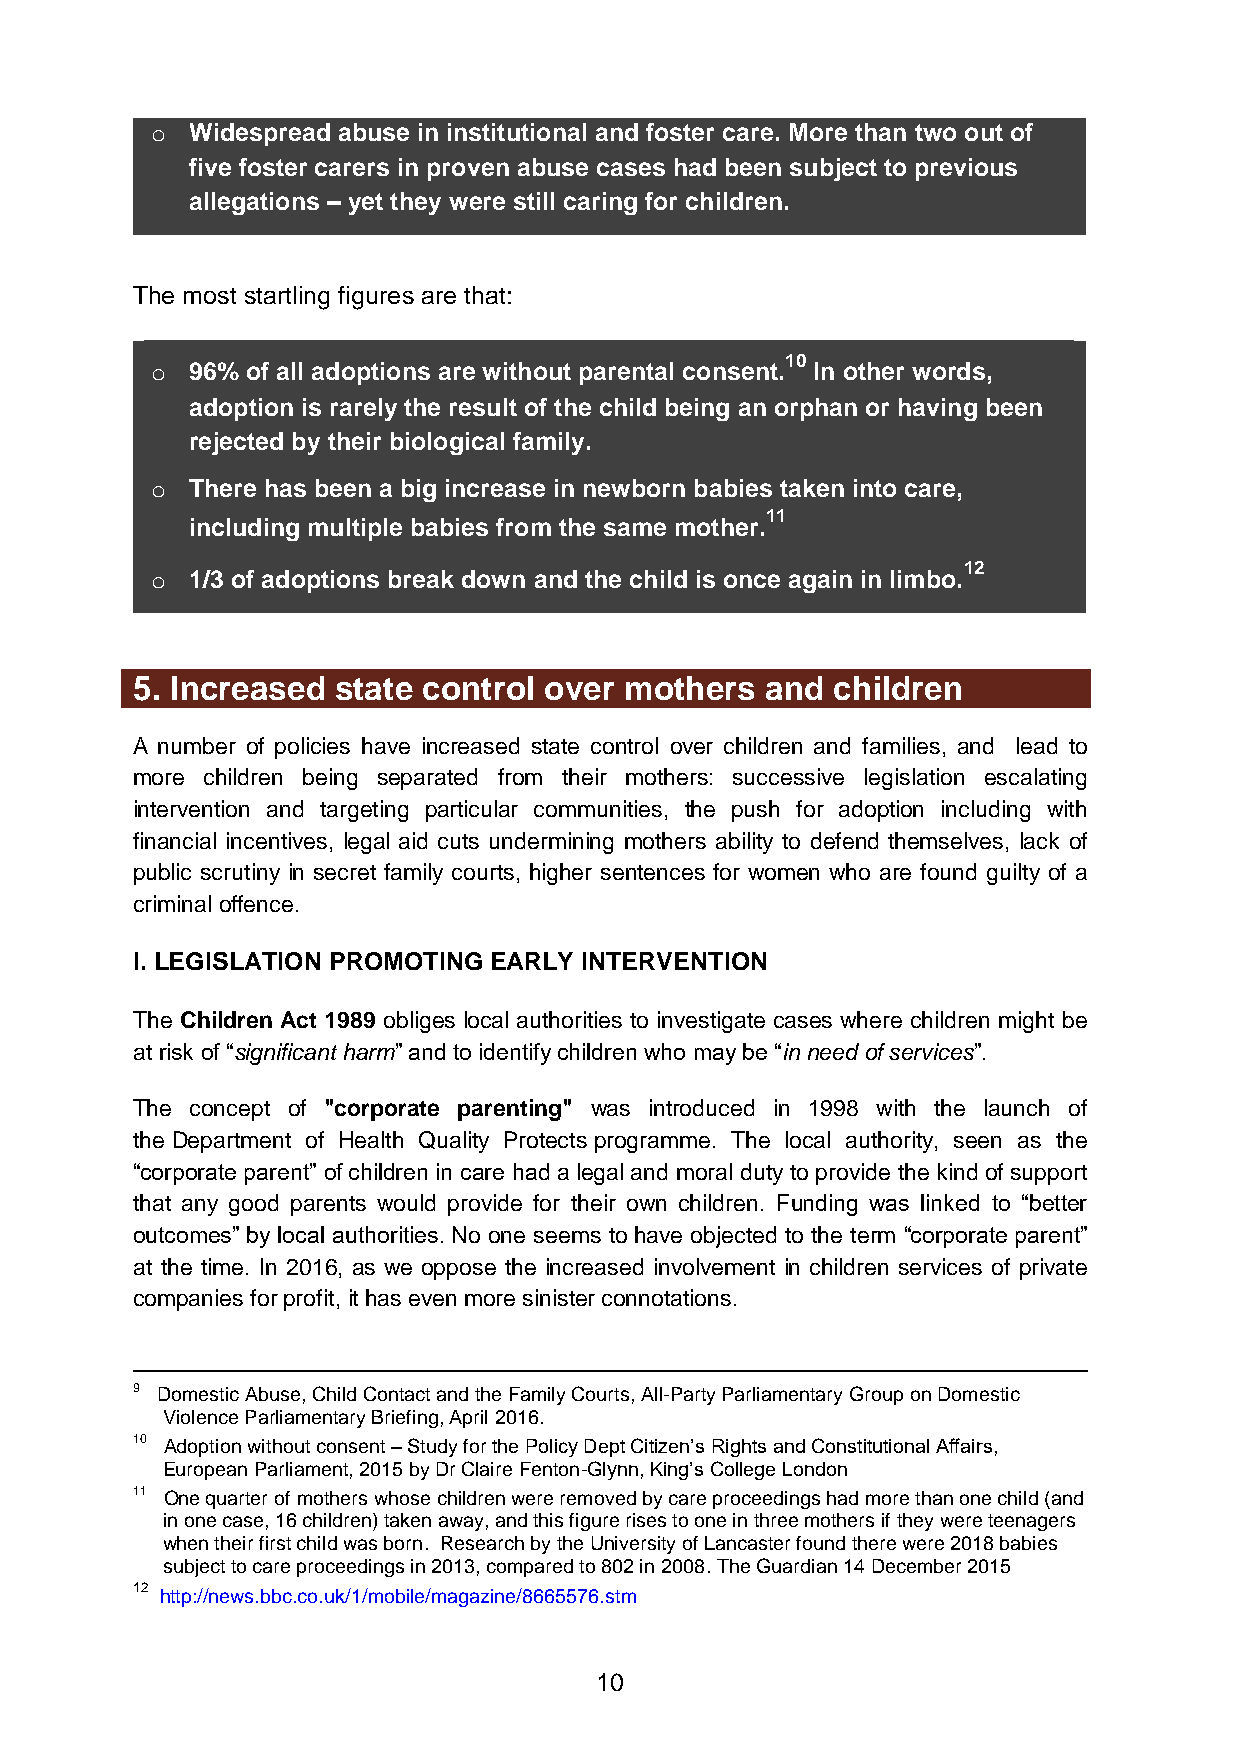
o Widespread abuse in institutional and foster care. More than two out of
 five foster carers in proven abuse cases had been subject to previous
 allegations – yet they were still caring for children.
 The most startling figures are that:
 10
 o 96% of all adoptions are without parental consent. In other words,
 adoption is rarely the result of the child being an orphan or having been
 rejected by their biological family.
 o There has been a big increase in newborn babies taken into care,
 11
 including multiple babies from the same mother.
 12
 o 1/3 of adoptions break down and the child is once again in limbo.
 5. Increased state control over mothers   and children
 A number of policies have increased state control over children and families, and lead to
 more children being separated from their mothers: successive legislation escalating
 intervention and targeting particular communities, the push for adoption including with
 financial incentives, legal aid cuts undermining mothers ability to defend themselves, lack of
 public scrutiny in secret family courts, higher sentences for women who are found guilty of a
 criminal offence.
 I. LEGISLATION PROMOTING EARLY INTERVENTION
 The Children Act 1989 obliges local authorities to investigate cases where children might be
 at risk of “significant harm” and to identify children who may be “in need of services”.
 The concept of "corporate parenting" was introduced in 1998 with the launch of
 the Department of Health Quality Protects programme. The local authority, seen as the
 “corporate parent” of children in care had a legal and moral duty to provide the kind of support
 that any good parents would provide for their own children. Funding was linked to “better
 outcomes” by local authorities. No one seems to have objected to the term “corporate parent”
 at the time. In 2016, as we oppose the increased involvement in children services of private
 companies for profit, it has even more sinister connotations.
 9 Domestic Abuse, Child Contact and the Family Courts, All-Party Parliamentary Group on Domestic
 Violence Parliamentary Briefing, April 2016.
 10 Adoption without consent – Study for the Policy Dept Citizen’s Rights and Constitutional Affairs,
 European Parliament, 2015 by Dr Claire Fenton-Glynn, King’s College London
 11 One quarter of mothers whose children were removed by care proceedings had more than one child (and
 in one case, 16 children) taken away, and this figure rises to one in three mothers if they were teenagers
 when their first child was born. Research by the University of Lancaster found there were 2018 babies
 subject to care proceedings in 2013, compared to 802 in 2008. The Guardian 14 December 2015
 12 http://news.bbc.co.uk/1/mobile/magazine/8665576.stm
 10